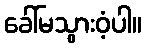
ခေါ်မသွားဝံ့ပါ။